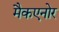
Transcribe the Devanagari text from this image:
मैकएनोर